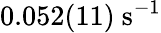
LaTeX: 0.052(11)~\mathrm{s^{-1}}